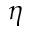
\eta